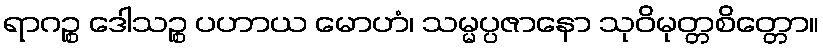
ရာဂဉ္စ ဒေါသဉ္စ ပဟာယ မောဟံ၊ သမ္မပ္ပဇာနော သုဝိမုတ္တစိတ္တော။